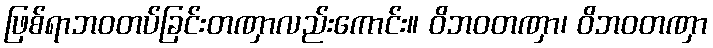
ဖြစ်ရာဘဝတပ်ခြင်းတဏှာလည်းကောင်း။ ဝိဘဝတဏှာ၊ ဝိဘဝတဏှာ